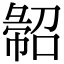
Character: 𢑦